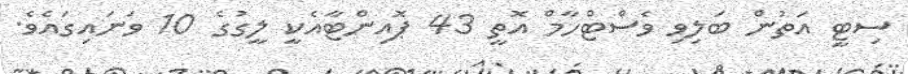
ސިޓީ އަތުން ބަލިވި ވެސްޓްހާމް އޮތީ 43 ޕޮއިންޓާއެކީ ލީގުގެ 10 ވަނައިގައެވެ.